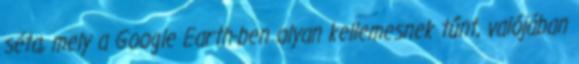
séta, mely a Google Earth-ben olyan kellemesnek tűnt, valójában